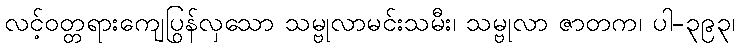
လင့်ဝတ္တရားကျေပြွန်လှသော သမ္ဗုလာမင်းသမီး၊ သမ္ဗုလာ ဇာတက၊ ပါ-၃၉၃၊